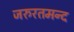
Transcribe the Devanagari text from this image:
जरुरतमन्द